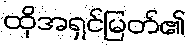
ထိုအရှင်မြတ်၏